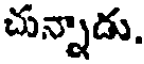
చున్నాడు.